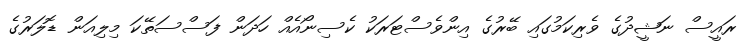
ރައީސް ނަޝީދުގެ ވެރިކަމުގައި ބޭރުގެ އިންވެސްޓަރަކު ކެސިނޯއެއް ހަދަން ފަސްސަތޭކަ މިލިއަން ޑޮލަރުގެ